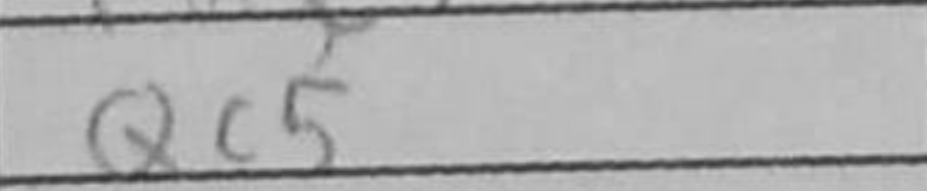
Transcription: Qc5